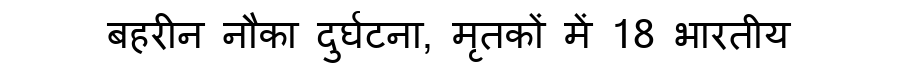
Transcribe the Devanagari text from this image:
बहरीन नौका दुर्घटना, मृतकों में 18 भारतीय